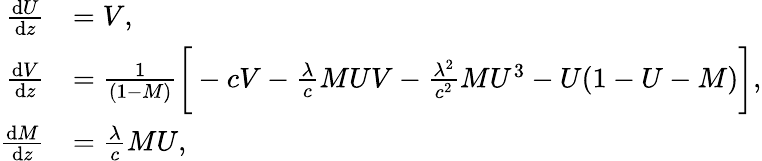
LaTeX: \begin{array}{rl}{\frac{\mathrm{d}U}{\mathrm{d}z}}&{=V,}\\ {\frac{\mathrm{d}V}{\mathrm{d}z}}&{=\frac{1}{(1-M)}\bigg[-cV-\frac{\lambda}{c}MUV-\frac{\lambda^{2}}{c^{2}}MU^{3}-U(1-U-M)\bigg],}\\ {\frac{\mathrm{d}M}{\mathrm{d}z}}&{=\frac{\lambda}{c}MU,}\end{array}